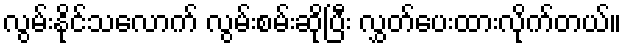
လွမ်းနိုင်သလောက် လွမ်းစမ်းဆိုပြီး လွှတ်ပေးထားလိုက်တယ်။